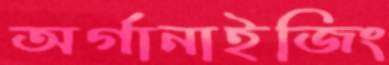
অর্গানাইজিং